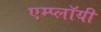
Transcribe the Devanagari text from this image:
एम्प्लॉयी